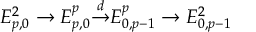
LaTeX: E _ { p , 0 } ^ { 2 } \to E _ { p , 0 } ^ { p } { \overset { d } { \to } } E _ { 0 , p - 1 } ^ { p } \to E _ { 0 , p - 1 } ^ { 2 }